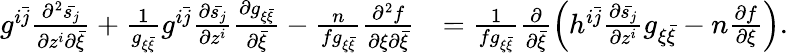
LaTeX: \begin{array}{rl}{g^{i\bar{j}}\frac{\partial^{2}\bar{s_{j}}}{\partial z^{i}\partial\bar{\xi}}+\frac{1}{g_{\xi\bar{\xi}}}g^{i\bar{j}}\frac{\partial\bar{s_{j}}}{\partial z^{i}}\frac{\partial g_{\xi\bar{\xi}}}{\partial\bar{\xi}}-\frac{n}{fg_{\xi\bar{\xi}}}\frac{\partial^{2}f}{\partial\xi\partial\bar{\xi}}}&{=\frac{1}{fg_{\xi\bar{\xi}}}\frac{\partial}{\partial\bar{\xi}}\left(h^{i\bar{j}}\frac{\partial\bar{s_{j}}}{\partial z^{i}}g_{\xi\bar{\xi}}-n\frac{\partial f}{\partial\xi}\right).}\end{array}